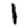
Digit: 1